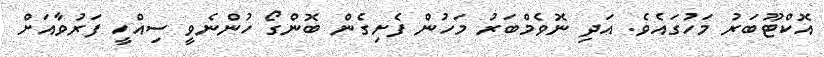
އޮކްޓޫބަރު މަހުގައެވެ. އަދި ނޮވެމްބަރު މަހުން ފެށިގެން ބޮންގޯ ހުންނެވީ ސިއްހީ ފަރުވާއަށް